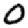
Digit: 0